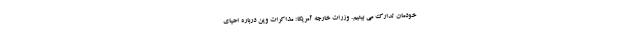
خودمان تدارک می بینیم. وزرات خارجه آمریکا: مذاکرات وین درباره احیای